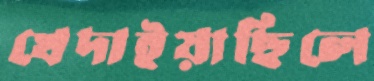
খেদাইয়াছিলে